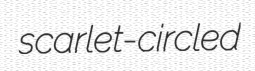
scarlet-circled